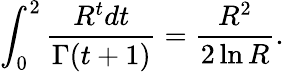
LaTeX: \int_{0}^{2}\frac{R^{t}dt}{\Gamma(t+1)}=\frac{R^{2}}{2\ln R}.